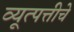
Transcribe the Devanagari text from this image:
व्यूत्पत्तीचे